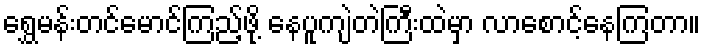
ရွှေမန်းတင်မောင်ကြည့်ဖို့ နေပူကျဲတဲကြီးထဲမှာ လာစောင့်နေကြတာ။